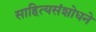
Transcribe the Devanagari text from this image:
साहित्यसंशोधने